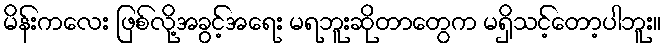
မိန်းကလေး ဖြစ်လို့အခွင့်အရေး မရဘူးဆိုတာတွေက မရှိသင့်တော့ပါဘူး။